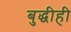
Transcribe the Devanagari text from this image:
बुद्धीही